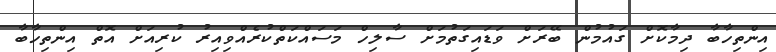
އިންތިހާބާ ދިމާކޮށް ގައުމުން ބޭރަށް ވަޑައިގަތުމަށް ސާލިހް މަސައްކަތްކުރެއްވިއިރު ކުރިއަށް އޮތް އިންތިހާބާ